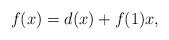
LaTeX: \begin{align*} f(x)=d(x)+f(1)x, \end{align*}